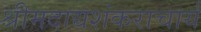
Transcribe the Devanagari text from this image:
श्रीमदाद्यशंकराचार्य